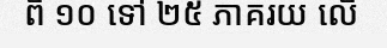
ពី ១០ ទៅ ២៥ ភាគរយ លើ